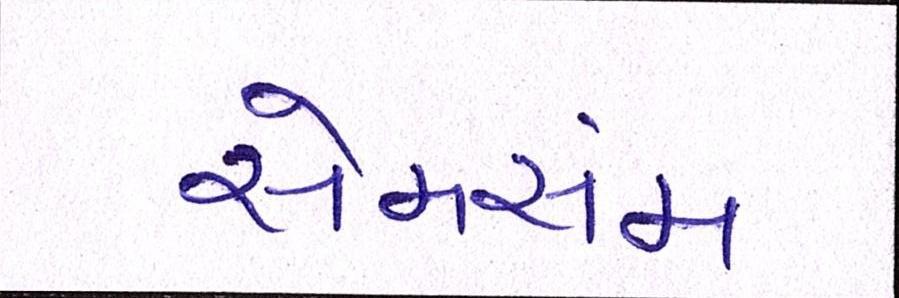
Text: સેમસંમ